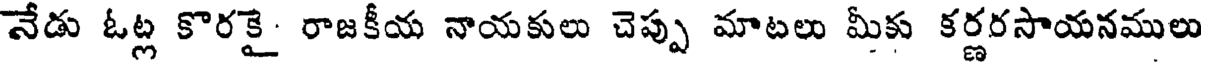
నేడు ఓట్ల కొరకై రాజకీయ నాయకులు చెప్పు మాటలు మీకు కర్ణరసాయనములు